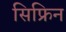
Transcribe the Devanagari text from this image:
सिफ्रिन